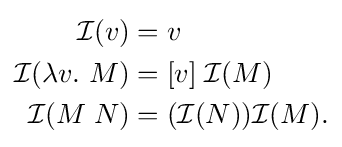
{\begin{aligned}{\mathcal {I}}(v)&=v\\{\mathcal {I}}(\lambda v.\ M)&=[v]\;{\mathcal {I}}(M)\\{\mathcal {I}}(M\;N)&=({\mathcal {I}}(N)){\mathcal {I}}(M).\end{aligned}}